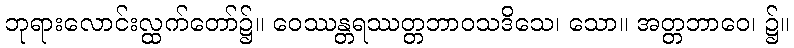
ဘုရားလောင်းလ္ထက်တော်၌။ ဝေဿန္တရဿတ္တဘာဝသဒိသေ၊ သော။ အတ္တဘာဝေ၊ ၌။